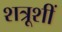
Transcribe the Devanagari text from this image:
शत्रूशीं